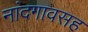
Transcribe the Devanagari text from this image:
नांदगावसह